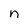
Character: n